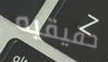
حقيقيه